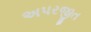
અપરજીત